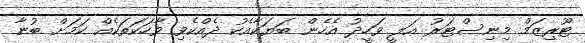
ޓޫރިޒަމް މިނިސްޓަރު އަލީ ވަހީދު އެހެން ބަޔަކާއެކު ދެއްކެވި ވާހަކަތަކެއް ކަމަށް ބުނާ